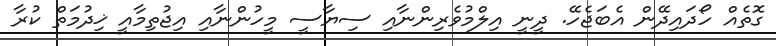
ގޮތެއް ހޯދައިދޭން އެބަޖެހޭ. ދީނީ އިލްމުވެރިންނާއި ސިޔާސީ މީހުންނާއި އިޖުތިމާއީ ޚިދުމަތް ކުރާ